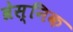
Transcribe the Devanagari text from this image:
व्रेस्निक